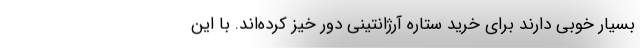
بسیار خوبی دارند برای خرید ستاره آرژانتینی دور خیز کرده‌اند. با این